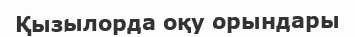
Қызылорда оқу орындары